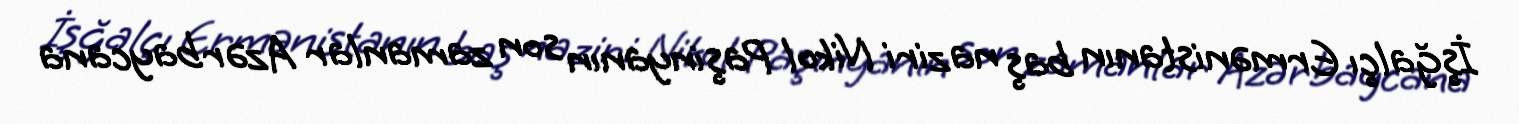
İşğalçı Ermənistanın baş naziri Nikol Paşinyanın son zamanlar Azərbaycana